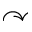
\curvearrowright